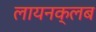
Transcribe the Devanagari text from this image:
लायनक्लब